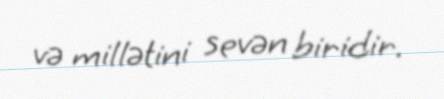
və millətini sevən biridir.